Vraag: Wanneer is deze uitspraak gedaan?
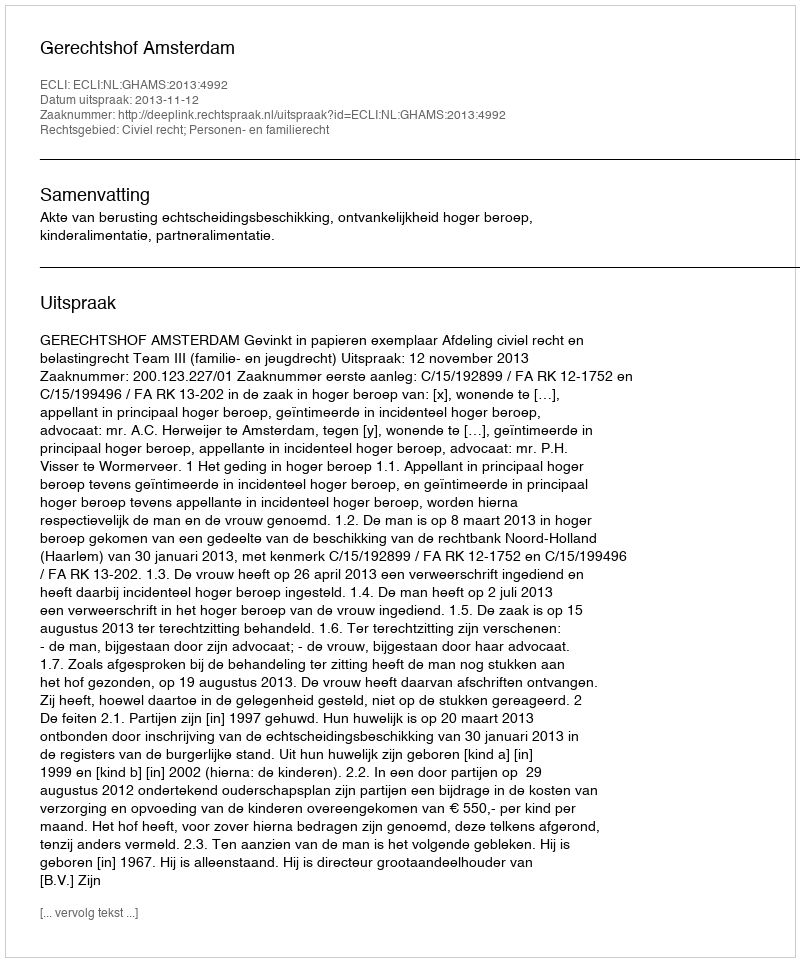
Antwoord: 2013-11-12